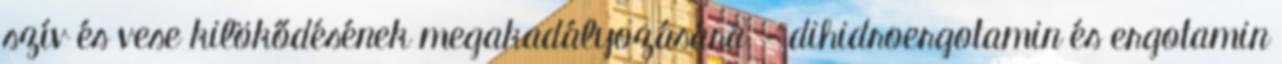
szív és vese kilökődésének megakadályozására; - dihidroergotamin és ergotamin